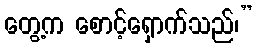
တွေ့က စောင့်ရှောက်သည်၊”